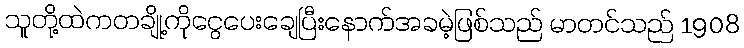
သူတို့ထဲကတချို့ကိုငွေပေးချေပြီးနောက်အခမဲ့ဖြစ်သည် မာတင်သည် 1908